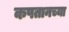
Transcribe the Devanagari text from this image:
कपतानच्या